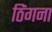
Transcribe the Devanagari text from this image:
ठिंगना